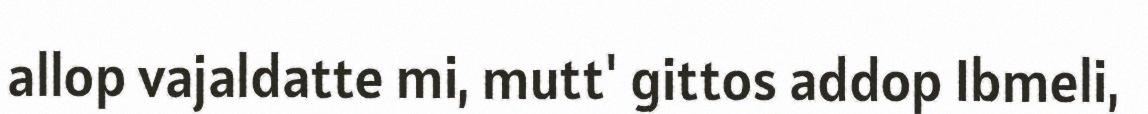
allop vajaldatte mi, mutt' gittos addop Ibmeli,